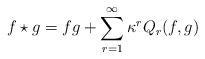
LaTeX: \begin{align*}f\star g = f g + \sum_{r=1}^\infty \kappa^r Q_r(f,g)\end{align*}